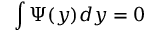
\int \Psi ( y ) d y = 0